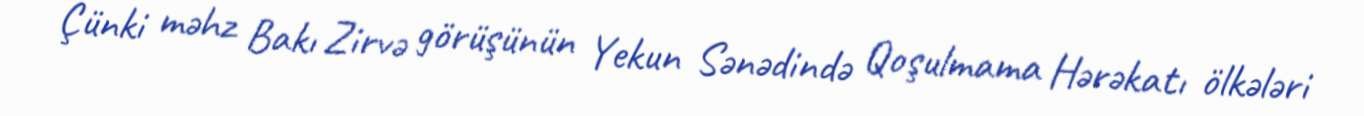
Çünki məhz Bakı Zirvə görüşünün Yekun Sənədində Qoşulmama Hərəkatı ölkələri